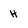
Character: H